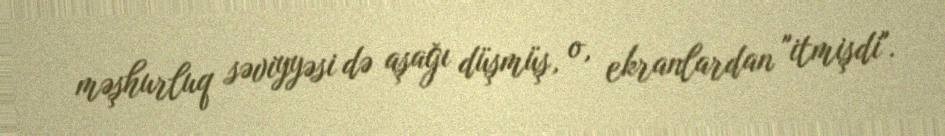
məşhurluq səviyyəsi də aşağı düşmüş, o, ekranlardan "itmişdi".